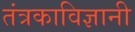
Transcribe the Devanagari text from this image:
तंत्रकाविज्ञानी